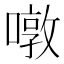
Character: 噋